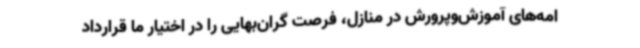
امه‌های آموزش‌وپرورش در منازل، فرصت گران‌بهایی را در اختیار ما قرارداد